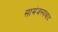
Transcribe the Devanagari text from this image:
सामंजस्यवाद